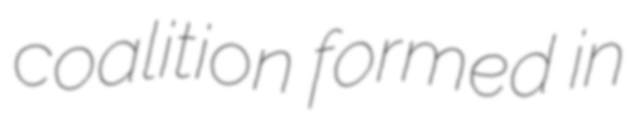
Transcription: coalition formed in